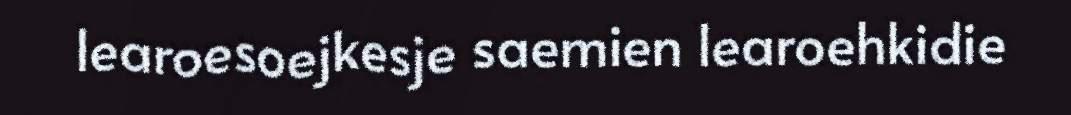
learoesoejkesje saemien learoehkidie